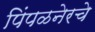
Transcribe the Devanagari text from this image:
पिंपळनेरचे